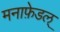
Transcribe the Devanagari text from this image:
मनाफ़ेडल्